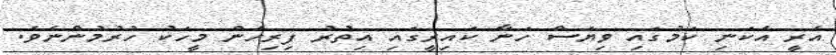
އެރީ އެކަނި ކަމުގައި ވިޔަސް ހަނާ ކައިރީގައި އިތުރު ފިރިހެން މީހަކު ހުރުމުންނެވެ.